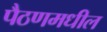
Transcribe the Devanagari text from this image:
पैठणमधील